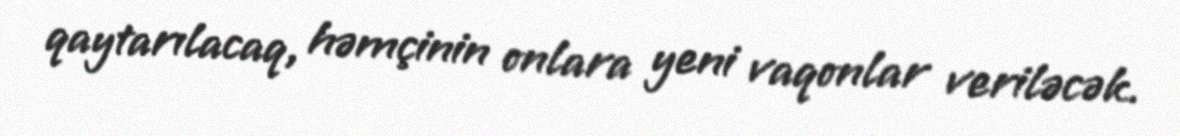
qaytarılacaq, həmçinin onlara yeni vaqonlar veriləcək.